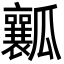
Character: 瓤